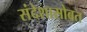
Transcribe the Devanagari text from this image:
संदेशासोबत